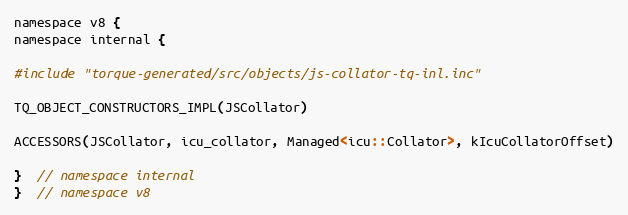
Language: C
namespace v8 {
namespace internal {

#include "torque-generated/src/objects/js-collator-tq-inl.inc"

TQ_OBJECT_CONSTRUCTORS_IMPL(JSCollator)

ACCESSORS(JSCollator, icu_collator, Managed<icu::Collator>, kIcuCollatorOffset)

}  // namespace internal
}  // namespace v8